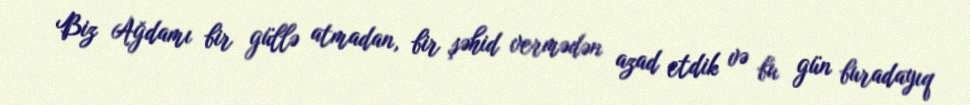
Biz Ağdamı bir güllə atmadan, bir şəhid vermədən azad etdik və bu gün buradayıq